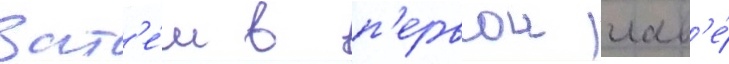
Зат'е́м в п'ервои глав'е́